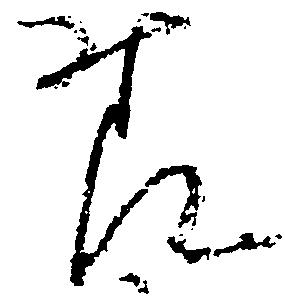
様